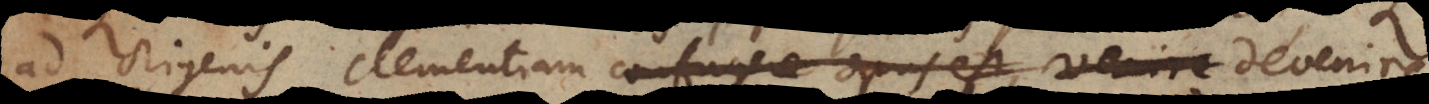
ad Origenis clementiam confugere opus est venire devenire